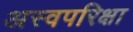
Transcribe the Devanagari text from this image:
अस्वपरिक्षा